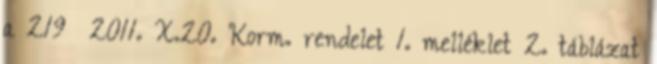
a 219 2011. X.20. Korm. rendelet 1. melléklet 2. táblázat